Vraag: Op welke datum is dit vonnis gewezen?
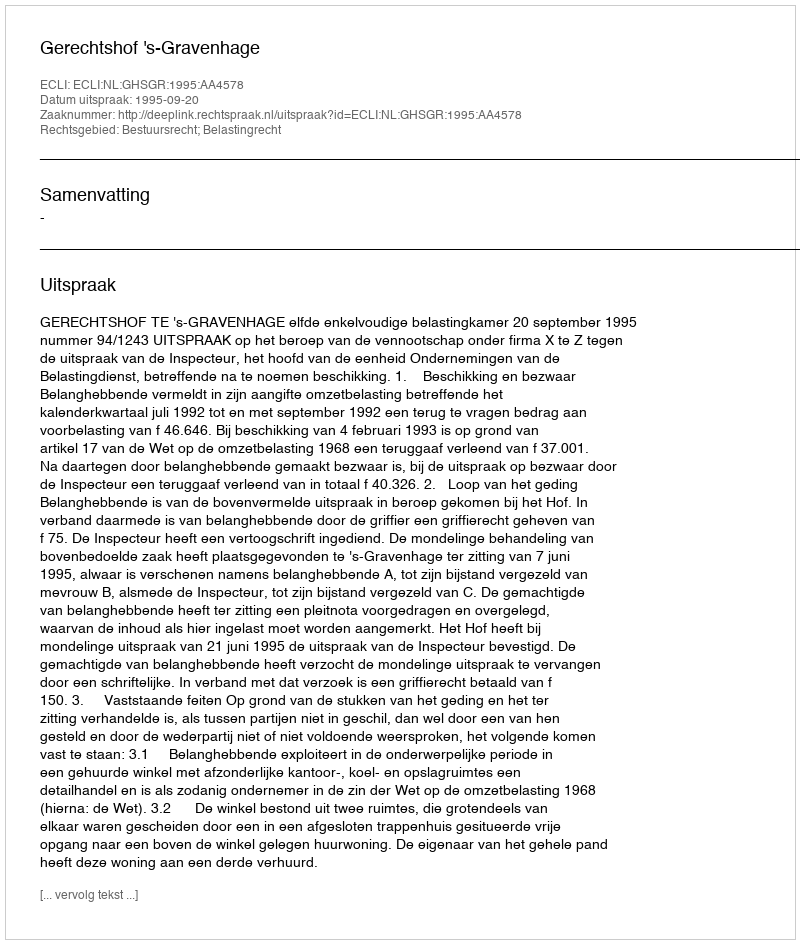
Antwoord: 1995-09-20